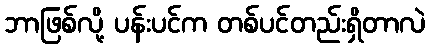
ဘာဖြစ်လို့ ပန်းပင်က တစ်ပင်တည်းရှိတာလဲ